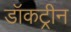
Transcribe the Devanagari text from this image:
डॉकट्रीन